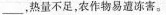
___， 热量不足，农作物易遭冻害。